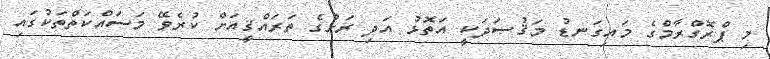
މި ޕްރޮގްރާމްގެ މައިގަނޑު މަޤުޞަދަކީ އަތޮޅު އަދި ރަށުގެ ތަރައްޤީއަށް ކުރެވޭ މަސައްކަތްތަކުގައި